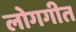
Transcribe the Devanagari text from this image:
लोगगीत